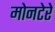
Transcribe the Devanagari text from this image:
मोनटेरे